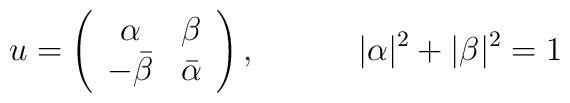
u=\left(\begin{array}{cc}        \alpha &\beta\\        -\bar{\beta} &\bar{\alpha}     \end{array}\right) , \hspace{.5 in} |\alpha|^{2}+|\beta|^{2}=1